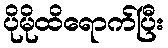
ပိုမိုထိရောက်ပြီး